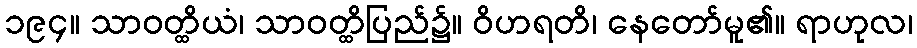
၁၉၄။ သာဝတ္ထိယံ၊ သာဝတ္ထိပြည်၌။ ဝိဟရတိ၊ နေတော်မူ၏။ ရာဟုလ၊